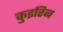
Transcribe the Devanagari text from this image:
कुइरिन